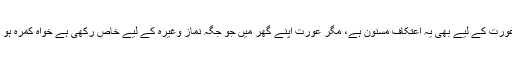
مرد محلہ کی مسجد میں اعتکاف کرتا ہے، اسی طرح عورت کے لیے بھی یہ اعتکاف مسنون ہے، مگر عورت اپنے گھر میں جو جگہ نماز وغیرہ کے لیے خاص رکھی ہے خواہ کمرہ ہو یا تخت، چوکی وغیرہ، عورت اسی جگہ اعتکاف کرے۔